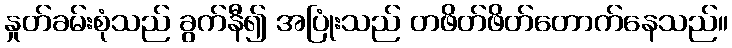
နှုတ်ခမ်းစုံသည် ခွက်နီ၍ အပြုံးသည် တဖိတ်ဖိတ်တောက်နေသည်။